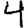
Digit: 4